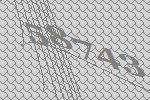
58743